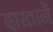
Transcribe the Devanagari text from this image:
दास्तानें